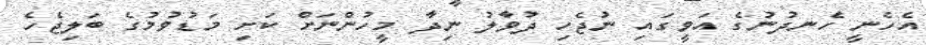
އެހެނީ ހެނދުނުގެ އަވީގައި ނުޖެހި ދުވާލު ނިދާ މީހުންނަށް ކަށި މަޑުވުމުގެ ބަލިޖެހެ